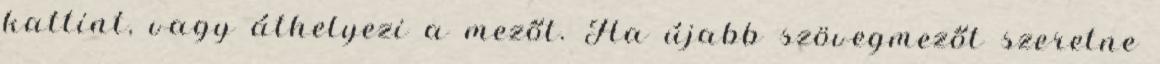
kattint, vagy áthelyezi a mezőt. Ha újabb szövegmezőt szeretne